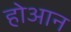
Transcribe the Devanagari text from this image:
होआन